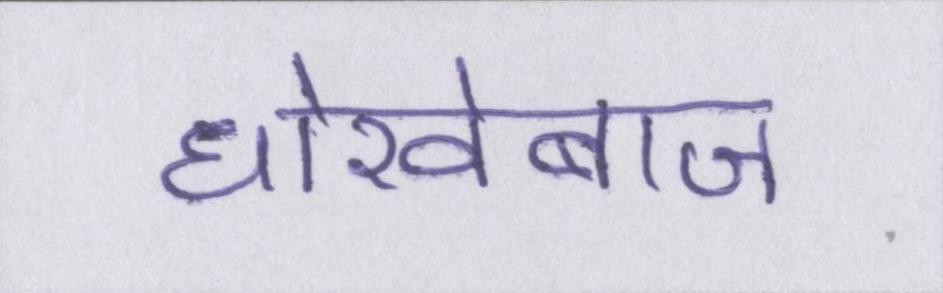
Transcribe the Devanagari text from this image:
धोखेबाज